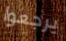
يرجعوا